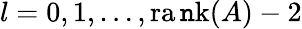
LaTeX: l=0,1,\dots,\operatorname{ra\mathtt{n}k}(A)-2